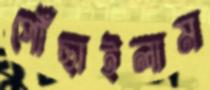
পৌঁছাইলাম